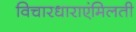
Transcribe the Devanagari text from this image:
विचारधाराएंमिलती